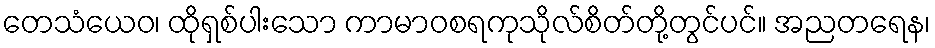
တေသံယေဝ၊ ထိုရှစ်ပါးသော ကာမာဝစရကုသိုလ်စိတ်တို့တွင်ပင်။ အညတရေန၊